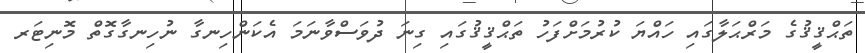
ތަޙްޤީޤުގެ މަރްޙަލާގައި ހައްޔަ ކުރުމަށްފަހު ތަޙްޤީޤުގައި ގިނަ ދުވަސްވާނަމަ އެކަންހިނގާ ނުހިނގާގޮތް މޮނިޓަރ